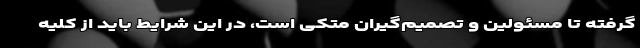
گرفته تا مسئولین و تصمیم‌گیران متکی است، در این شرایط باید از کلیه